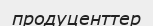
продуценттер